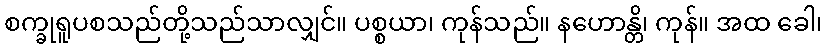
စက္ခုရူပစသည်တို့သည်သာလျှင်။ ပစ္စယာ၊ ကုန်သည်။ နဟောန္တိ၊ ကုန်။ အထ ခေါ၊